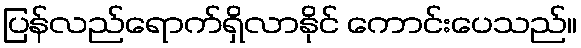
ပြန်လည်ရောက်ရှိလာနိုင် ကောင်းပေသည်။